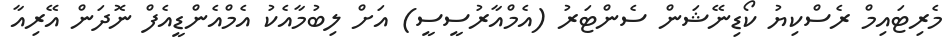
މެރިޓައިމް ރެސްކިޔު ކޯޑިނޭޝަން ސެންޓަރު (އެމްއާރުސީސީ) އަށް ލިބުމާއެކު އެމްއެންޑީއެފް ނޮދަން އޭރިއާ